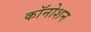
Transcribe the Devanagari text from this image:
कॉनोशन